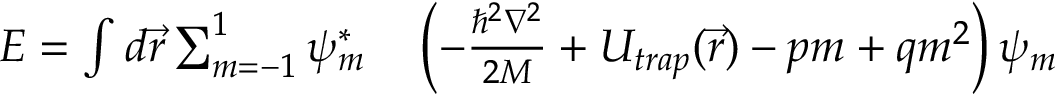
\begin{array} { r l } { E = \int d \vec { r } \sum _ { m = - 1 } ^ { 1 } \psi _ { m } ^ { * } } & { { } \left( - \frac { \hbar ^ { 2 } \nabla ^ { 2 } } { 2 M } + U _ { t r a p } ( \vec { r } ) - p m + q m ^ { 2 } \right) \psi _ { m } } \end{array}